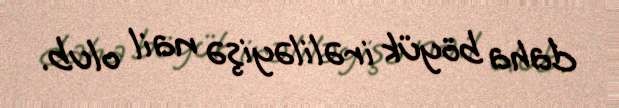
daha böyük irəliləyişə nail olub.